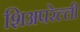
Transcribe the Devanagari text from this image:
शिअपरेल्ली